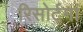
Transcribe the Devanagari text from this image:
रिसोर्टमां